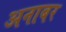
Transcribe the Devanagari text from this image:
अनाबर